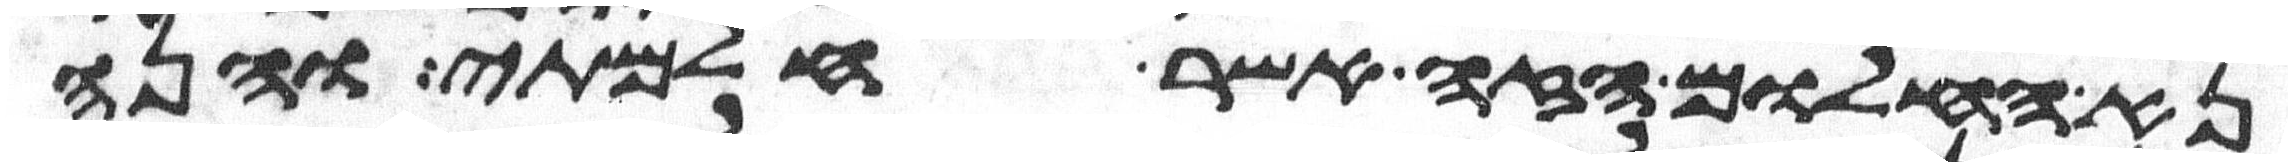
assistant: נא החלום הזה אשר חלמתי והנה